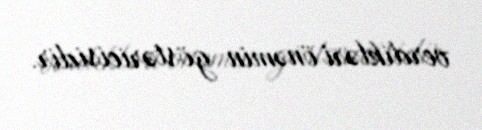
verdikləri önəmin göstəricisidir.